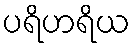
ပရိဟရိယ